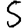
Digit: 5